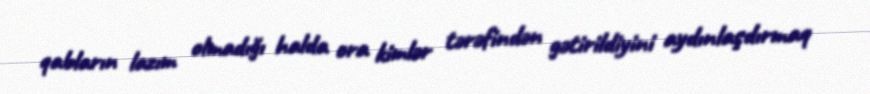
qabların lazım olmadığı halda ora kimlər tərəfindən gətirildiyini aydınlaşdırmaq